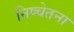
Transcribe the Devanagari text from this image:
निष्चेतना